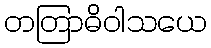
တတြာဓိဝါသယေ